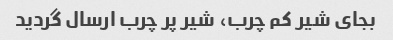
بجای شیر کم چرب، شیر پر چرب ارسال گردید